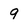
Character: 9